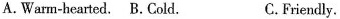
A.Warm-hearted. B.Cold. C.Friendly.